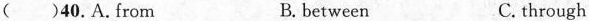
( )40.A.from B.between C. through